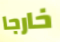
خارجا